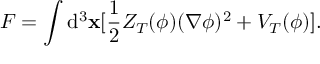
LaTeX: F = \int \mathrm { d } ^ { 3 } { \bf x } [ \frac { 1 } { 2 } Z _ { T } ( \phi ) ( \nabla \phi ) ^ { 2 } + V _ { T } ( \phi ) ] .